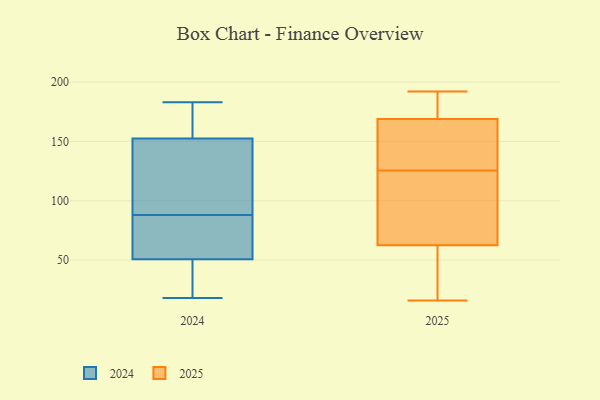
{"axis": {"x": "Bounce Rate (%)", "y": "Value"}, "legend": ["2024", "2025"], "data": [{"x": "", "y": 110, "type": "2024"}, {"x": "", "y": 92, "type": "2024"}, {"x": "", "y": 163, "type": "2024"}, {"x": "", "y": 34, "type": "2024"}, {"x": "", "y": 57, "type": "2024"}, {"x": "", "y": 88, "type": "2024"}, {"x": "", "y": 50, "type": "2024"}, {"x": "", "y": 76, "type": "2024"}, {"x": "", "y": 22, "type": "2024"}, {"x": "", "y": 110, "type": "2024"}, {"x": "", "y": 51, "type": "2024"}, {"x": "", "y": 183, "type": "2024"}, {"x": "", "y": 183, "type": "2024"}, {"x": "", "y": 149, "type": "2024"}, {"x": "", "y": 179, "type": "2024"}, {"x": "", "y": 18, "type": "2024"}, {"x": "", "y": 72, "type": "2024"}, {"x": "", "y": 131, "type": "2025"}, {"x": "", "y": 28, "type": "2025"}, {"x": "", "y": 188, "type": "2025"}, {"x": "", "y": 42, "type": "2025"}, {"x": "", "y": 71, "type": "2025"}, {"x": "", "y": 159, "type": "2025"}, {"x": "", "y": 174, "type": "2025"}, {"x": "", "y": 54, "type": "2025"}, {"x": "", "y": 120, "type": "2025"}, {"x": "", "y": 16, "type": "2025"}, {"x": "", "y": 189, "type": "2025"}, {"x": "", "y": 164, "type": "2025"}, {"x": "", "y": 147, "type": "2025"}, {"x": "", "y": 106, "type": "2025"}, {"x": "", "y": 192, "type": "2025"}, {"x": "", "y": 73, "type": "2025"}]}